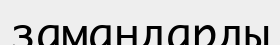
замандарды